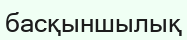
басқыншылық